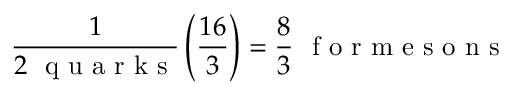
{ \frac { 1 } { 2 \mathrm { ~ \ q ~ u ~ a ~ r ~ k ~ s ~ } } } \left( { \frac { 1 6 } { 3 } } \right) = \frac 8 3 \mathrm { ~ \ f ~ o ~ r ~ m ~ e ~ s ~ o ~ n ~ s ~ }